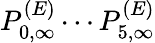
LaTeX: P_{0,\infty}^{(E)}\cdots P_{5,\infty}^{(E)}